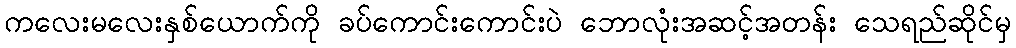
ကလေးမလေးနှစ်ယောက်ကို ခပ်ကောင်းကောင်းပဲ ဘောလုံးအဆင့်အတန်း သေရည်ဆိုင်မှ